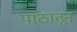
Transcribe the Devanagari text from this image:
पाठातून